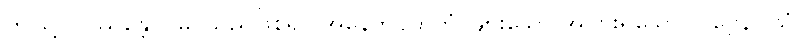
ဤသို့။ ပဿန္တော၊ မြင်သည်ဖြစ်၍။ အနေကဝိဟိတံ၊ များသော အပြားရှိသော။ ပုဗ္ဗေနိဝါသံ၊